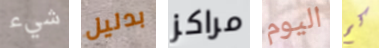
شيء بدليل مراكز اليوم كم